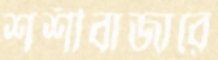
শশীবাজারে